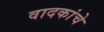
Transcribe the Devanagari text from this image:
वादकांचे